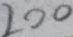
2 0 0